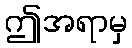
ဤအရာမှ